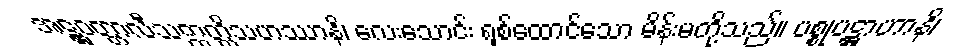
အဋ္ဌဝတ္တာလီသဣတ္ထိသဟဿာနိ၊ လေးသောင်း ရှစ်ထောင်သော မိန်းမတို့သည်။ ပစ္စုပဋ္ဌာဟာနိ၊